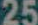
25